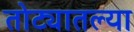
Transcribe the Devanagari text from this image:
तोट्यातल्या